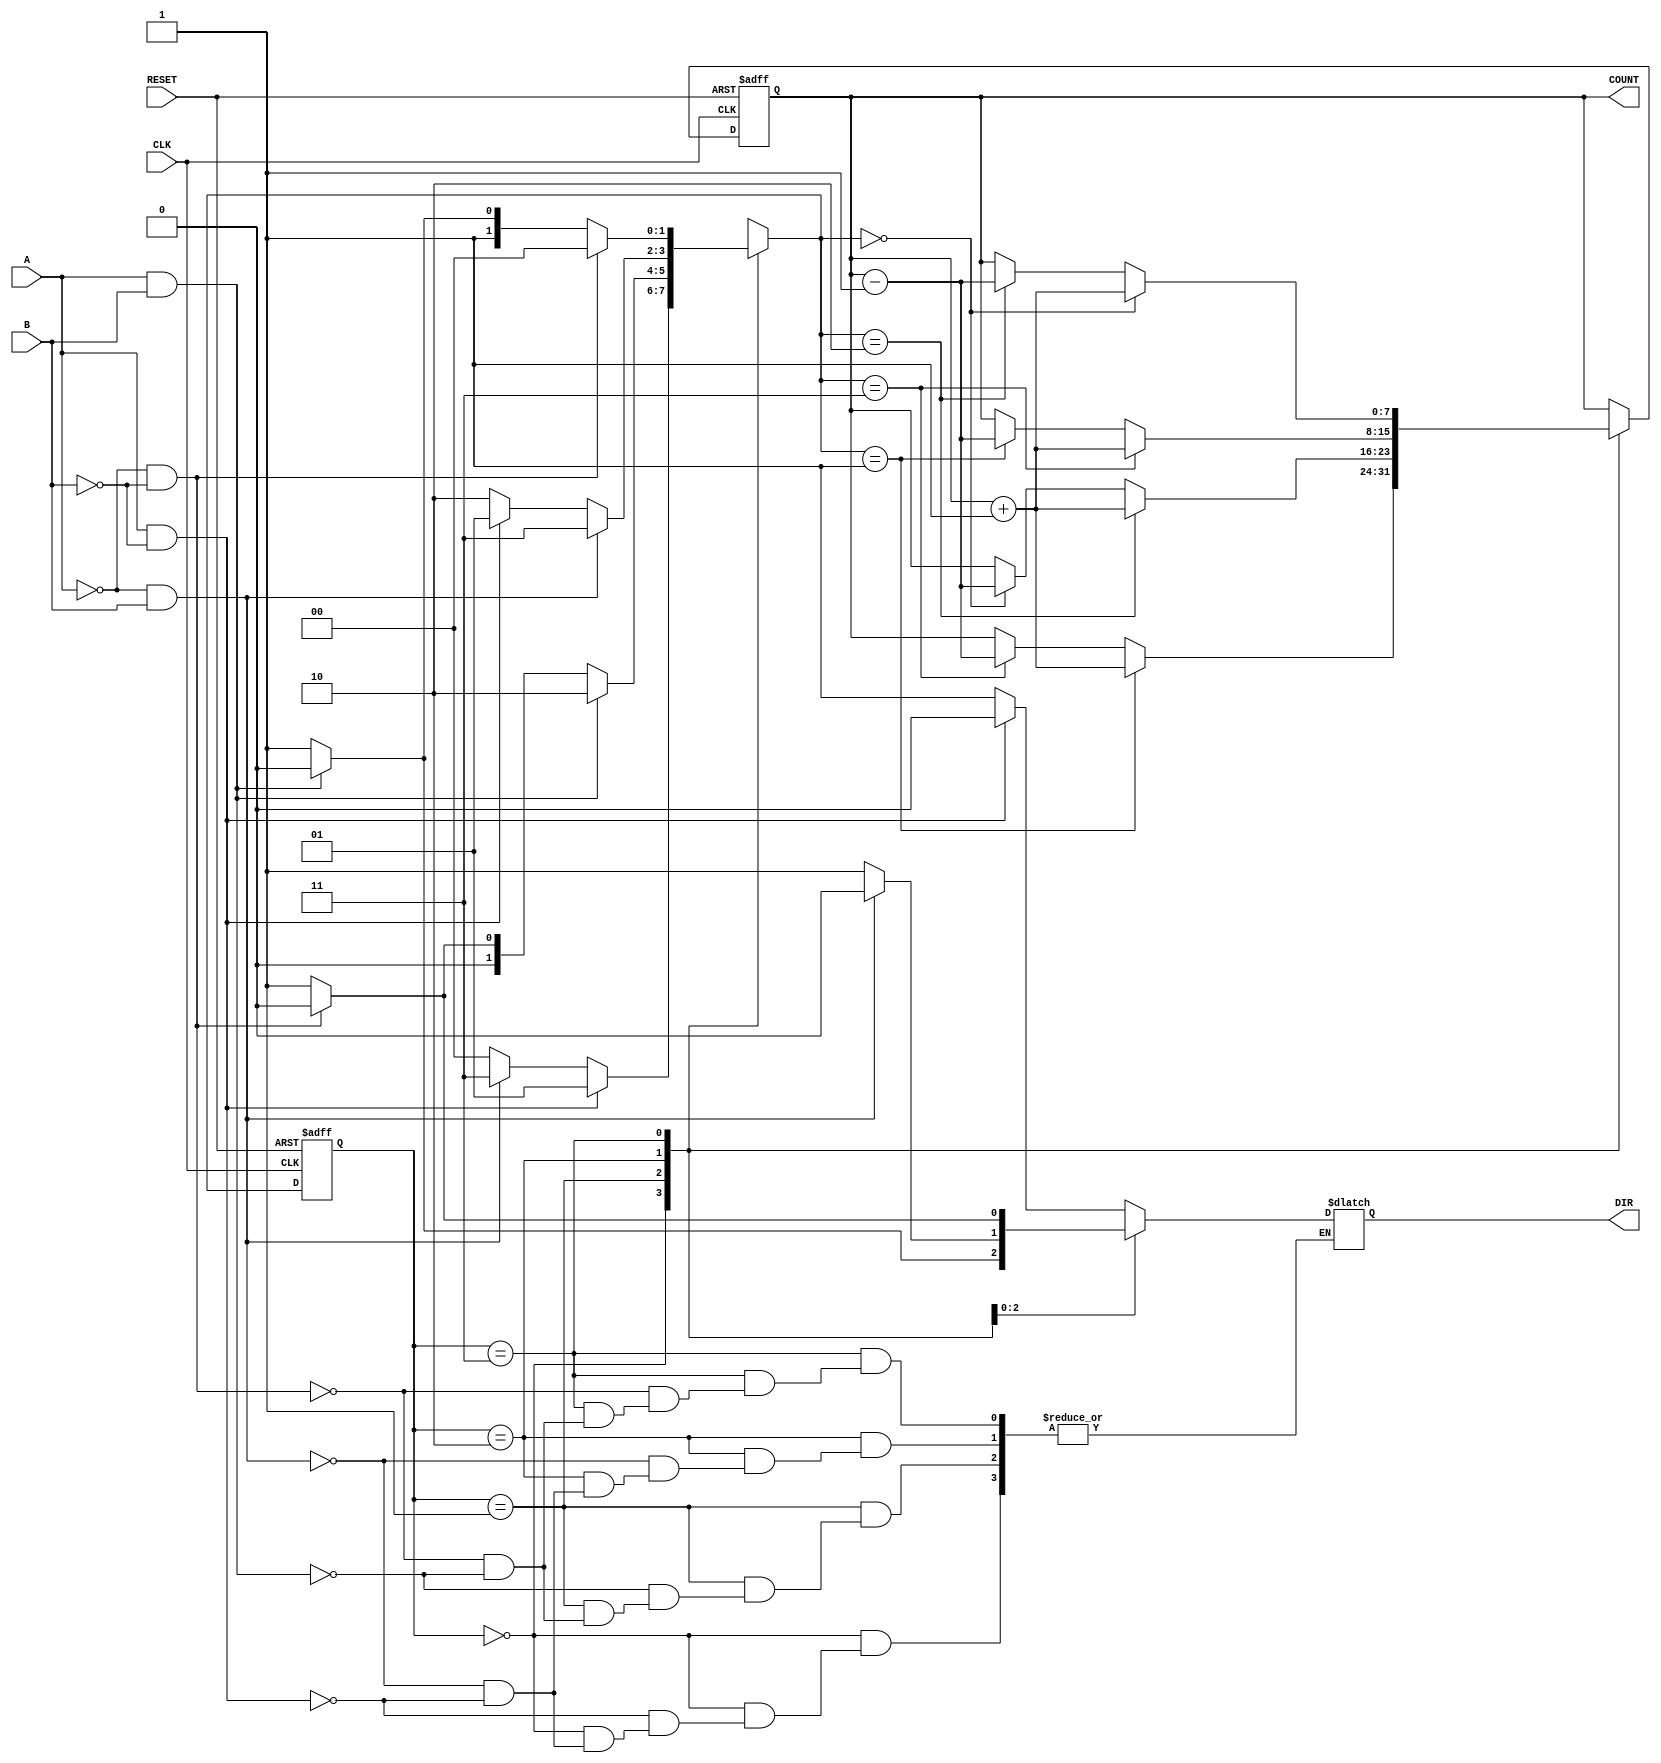
module rotary_encoder (
    input wire A,          // First output signal from the rotary encoder
    input wire B,          // Second output signal from the rotary encoder
    input wire CLK,        // Clock signal (not used in this combinational logic)
    input wire RESET,      // Reset signal
    output reg [7:0] COUNT, // 8-bit binary output for the count
    output reg DIR         // Direction output (0 for CW, 1 for CCW)
);

    // State encoding
    reg [1:0] current_state;
    reg [1:0] next_state;

    // State definitions
    localparam S00 = 2'b00;
    localparam S01 = 2'b01;
    localparam S11 = 2'b10;
    localparam S10 = 2'b11;

    // State transition logic
    always @(*) begin
        case (current_state)
            S00: begin
                if (A && !B) begin
                    next_state = S01; // Transition to S01
                    DIR = 0;          // CW
                end else if (!A && B) begin
                    next_state = S10; // Transition to S10
                    DIR = 1;          // CCW
                end else begin
                    next_state = S00; // Stay in S00
                end
            end
            S01: begin
                if (A && B) begin
                    next_state = S11; // Transition to S11
                    DIR = 0;          // CW
                end else if (!A && !B) begin
                    next_state = S00; // Transition to S00
                    DIR = 1;          // CCW
                end else begin
                    next_state = S01; // Stay in S01
                end
            end
            S11: begin
                if (!A && B) begin
                    next_state = S10; // Transition to S10
                    DIR = 0;          // CW
                end else if (A && !B) begin
                    next_state = S01; // Transition to S01
                    DIR = 1;          // CCW
                end else begin
                    next_state = S11; // Stay in S11
                end
            end
            S10: begin
                if (!A && !B) begin
                    next_state = S00; // Transition to S00
                    DIR = 0;          // CW
                end else if (A && B) begin
                    next_state = S11; // Transition to S11
                    DIR = 1;          // CCW
                end else begin
                    next_state = S10; // Stay in S10
                end
            end
            default: begin
                next_state = S00; // Default to S00
                DIR = 0;          // Default direction
            end
        endcase
    end

    // Counting logic
    always @(posedge CLK or posedge RESET) begin
        if (RESET) begin
            COUNT <= 8'b0; // Reset count to zero
            current_state <= S00; // Reset to initial state
        end else begin
            current_state <= next_state; // Update current state

            // Update COUNT based on direction
            case (current_state)
                S00: if (next_state == S01) COUNT <= COUNT + 1; else if (next_state == S10) COUNT <= COUNT - 1;
                S01: if (next_state == S11) COUNT <= COUNT + 1; else if (next_state == S00) COUNT <= COUNT - 1;
                S11: if (next_state == S10) COUNT <= COUNT + 1; else if (next_state == S01) COUNT <= COUNT - 1;
                S10: if (next_state == S00) COUNT <= COUNT + 1; else if (next_state == S11) COUNT <= COUNT - 1;
            endcase
        end
    end

endmodule